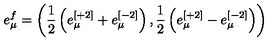
e _ { \mu } ^ { f } = \left( { \frac { 1 } { 2 } } \left( e _ { \mu } ^ { [ + 2 ] } + e _ { \mu } ^ { [ - 2 ] } \right) , { \frac { 1 } { 2 } } \left( e _ { \mu } ^ { [ + 2 ] } - e _ { \mu } ^ { [ - 2 ] } \right) \right)